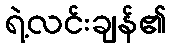
ရဲ့လင်းချန်၏